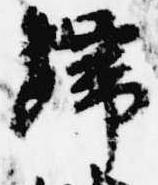
帰